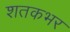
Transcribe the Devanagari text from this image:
शतकभर